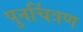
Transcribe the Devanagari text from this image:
पुनर्चित्रण